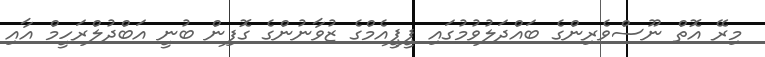
މިރޭ އޮތް ނޫސްވެރިންގެ ބައްދަލުވުމުގައި ޕީޕީއެމްގެ ޒުވާނުންގެ ގޮފިން ބުނީ އަބްދުލްރަހީމް އާއި